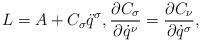
LaTeX: \begin{gather*}L = A + C_\sigma \ddot q^\sigma, \frac{\partial C_\sigma}{\partial \dot q^\nu} = \frac{\partial C_\nu}{\partial \dot q^\sigma} ,\end{gather*}